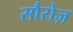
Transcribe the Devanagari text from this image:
सौरोज़